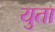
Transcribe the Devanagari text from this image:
युता